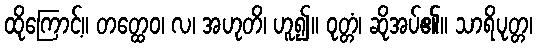
ထိုကြောင့်။ တတ္ထေဝ၊ လ၊ အဟုတိ၊ ဟူ၍။ ဝုတ္တံ၊ ဆိုအပ်၏။ သာရိပုတ္တ၊